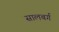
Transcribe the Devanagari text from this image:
सालबर्ग